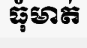
ធុំមាត់